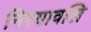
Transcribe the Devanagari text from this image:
निरयावलि